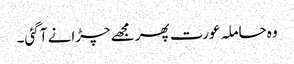
وہ حاملہ عورت پھر مجھے چڑانے آ گئی۔